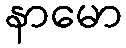
နာမော